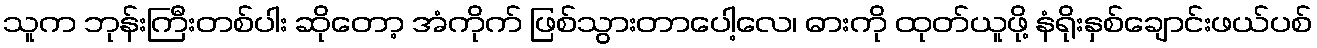
သူက ဘုန်းကြီးတစ်ပါး ဆိုတော့ အံကိုက် ဖြစ်သွားတာပေါ့လေ၊ ဓားကို ထုတ်ယူဖို့ နံရိုးနှစ်ချောင်းဖယ်ပစ်